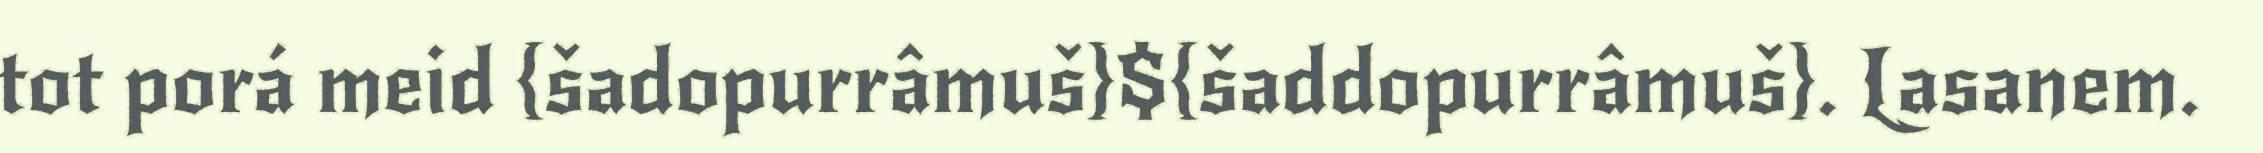
tot porá meid {šadopurrâmuš}${šaddopurrâmuš}. Lasanem.